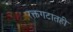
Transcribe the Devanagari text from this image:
रक्तगटातही